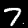
Digit: 7